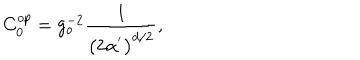
LaTeX: C _ { 0 } ^ { o p } = g _ { o } ^ { - 2 } \frac { 1 } { \left( 2 \alpha ^ { ^ { \prime } } \right) ^ { d / 2 } } ,